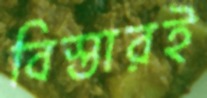
বিস্তারই